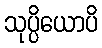
သုပ္ပိယောပိ